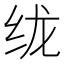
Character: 𱺕